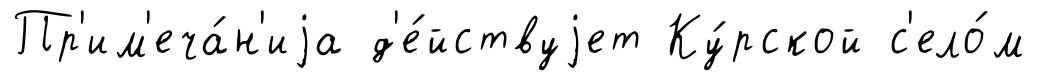
Пр'им'еча́н'иjа д'е́йствуjет Ку́рской с'ело́м